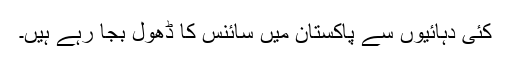
کئی دہائیوں سے پاکستان میں سائنس کا ڈھول بجا رہے ہیں۔